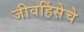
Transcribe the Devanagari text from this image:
जीवहिंसेचे